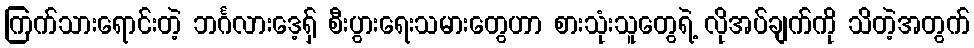
ကြက်သားရောင်းတဲ့ ဘင်္ဂလားဒေ့ရှ် စီးပွားရေးသမားတွေဟာ စားသုံးသူတွေရဲ့ လိုအပ်ချက်ကို သိတဲ့အတွက်